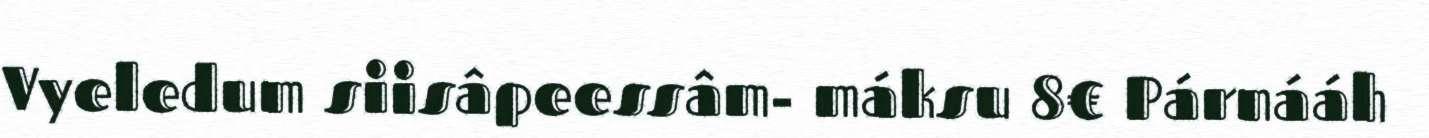
Vyeledum siisâpeessâm- máksu 8€ Párnááh